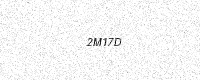
Text: 2M17D